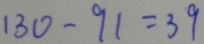
1 3 0 - 9 1 = 3 9